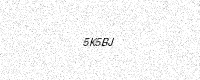
Text: 5K5BJ